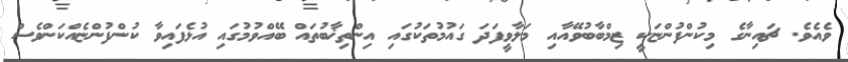
ވެއެވެ. ޗައިނާގެ މިކުންފުންޏަކީ ޒިމްބާބުވޭއާއި މަލާވީފަދަ ގައުމުތަކުގައި އިންތިޚާބުތައް ބޭއްވުމުގައި އުޅެފައިވާ ކުންފުންޏެއްކަންވެސް